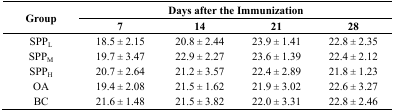
| <ROWSPAN=2> Group | <COLSPAN=4> Days after the Immunization |
 | 7 | 14 | 21 | 28 |
 | --- | --- | --- | --- | --- |
 | SPPL | 18.5 ± 2.15 | 20.8 ± 2.44 | 23.9 ± 1.41 | 22.8 ± 2.35 |
 | SPPM | 19.7 ± 3.47 | 22.9 ± 2.27 | 23.6 ± 1.39 | 22.4 ± 2.12 |
 | SPPH | 20.7 ± 2.64 | 21.2 ± 3.57 | 22.4 ± 2.89 | 21.8 ± 1.23 |
 | OA | 19.4 ± 2.08 | 21.5 ± 1.62 | 21.9 ± 3.02 | 22.6 ± 3.27 |
 | BC | 21.6 ± 1.48 | 21.5 ± 3.82 | 22.0 ± 3.31 | 22.8 ± 2.46 |